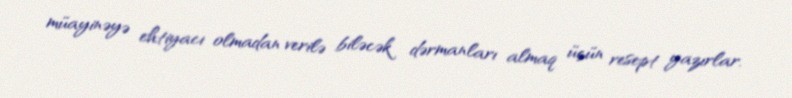
müayinəyə ehtiyacı olmadan verilə biləcək dərmanları almaq üçün resept yazırlar.